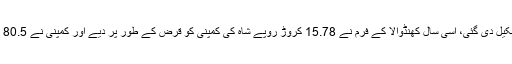
کیونکہ جس سال ایل ایل پی تشکیل دی گئی، اسی سال کھنڈوالا کے فرم نے 15.78 کروڑ روپے شاہ کی کمپنی کو قرض کے طور پر دیے اور کمپنی نے 80.5 کروڑ روپے کا ریونیو دکھایا۔